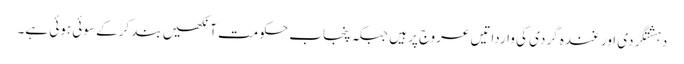
دہشتگردی اور غندہ گردی کی وارداتیں عروج پر ہیں جبکہ پنجاب حکومت آنکھیں بند کرکے سوئی ہوئی ہے۔